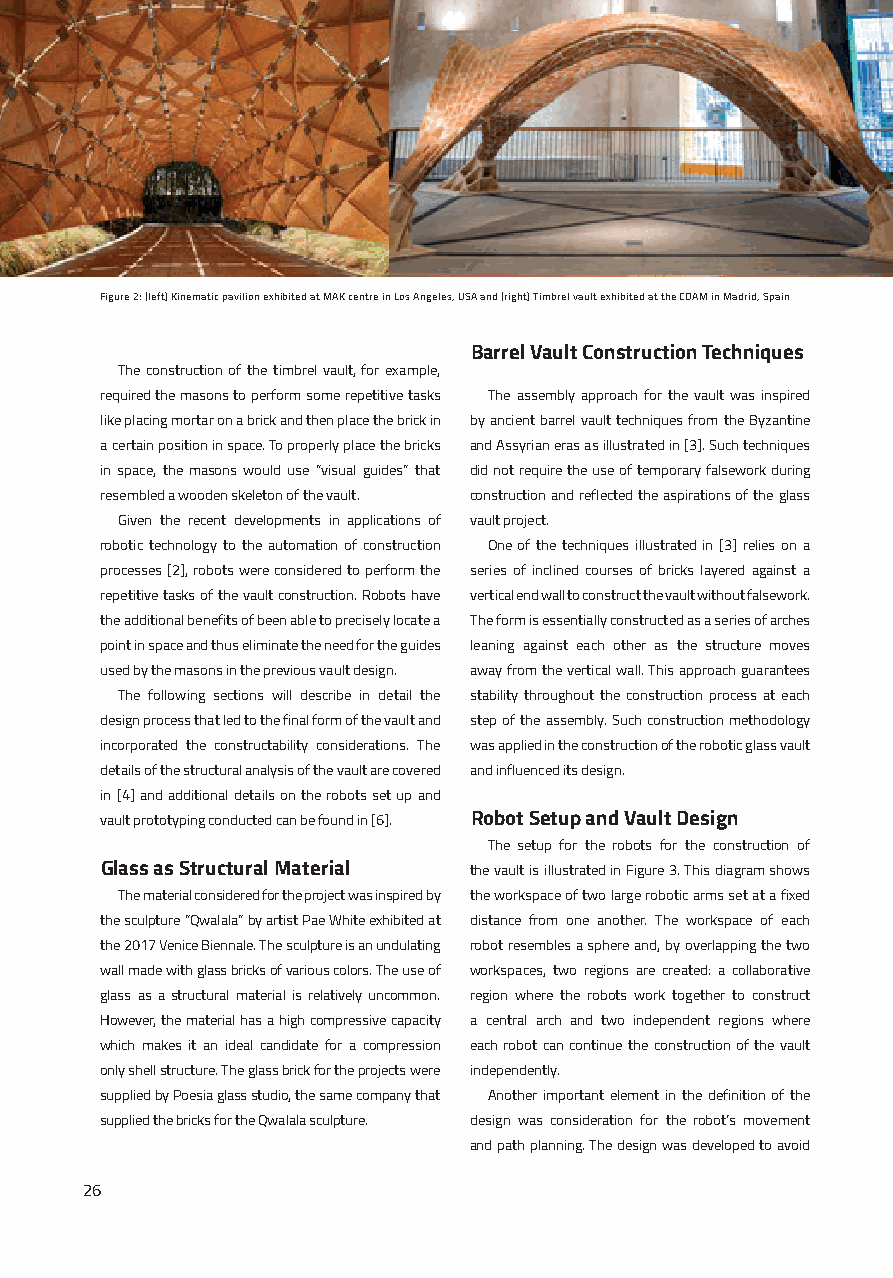
Figure 2: (left) Kinematic pavilion exhibited at MAK centre in Los Angeles, USA and (right) Timbrel vault exhibited at the COAM in Madrid, Spain
 Barrel Vault Construction Techniques
 The construction of the timbrel vault, for example,
 required the masons to perform some repetitive tasks The assembly approach for the vault was inspired
 like placing mortar on a brick and then place the brick in by ancient barrel vault techniques from the Byzantine
 a certain position in space. To properly place the bricks and Assyrian eras as illustrated in [3]. Such techniques
 in space, the masons would use “visual guides” that did not require the use of temporary falsework during
 resembled a wooden skeleton of the vault. construction and reflected the aspirations of the glass
 Given the recent developments in applications of vault project.
 robotic technology to the automation of construction One of the techniques illustrated in [3] relies on a
 processes [2], robots were considered to perform the series of inclined courses of bricks layered against a
 repetitive tasks of the vault construction. Robots have vertical end wall to construct the vault without falsework.
 the additional benefits of been able to precisely locate a The form is essentially constructed as a series of arches
 point in space and thus eliminate the need for the guides leaning against each other as the structure moves
 used by the masons in the previous vault design. away from the vertical wall. This approach guarantees
 The following sections will describe in detail the stability throughout the construction process at each
 design process that led to the final form of the vault and step of the assembly. Such construction methodology
 incorporated the constructability considerations. The was applied in the construction of the robotic glass vault
 details of the structural analysis of the vault are covered and influenced its design.
 in [4] and additional details on the robots set up and
 vault prototyping conducted can be found in [6]. Robot Setup and Vault Design
 The setup for the robots for the construction of
 Glass as Structural Material the vault is illustrated in Figure 3. This diagram shows
 The material considered for the project was inspired by the workspace of two large robotic arms set at a fixed
 the sculpture “Qwalala” by artist Pae White exhibited at distance from one another. The workspace of each
 the 2017 Venice Biennale. The sculpture is an undulating robot resembles a sphere and, by overlapping the two
 wall made with glass bricks of various colors. The use of workspaces, two regions are created: a collaborative
 glass as a structural material is relatively uncommon. region where the robots work together to construct
 However, the material has a high compressive capacity a central arch and two independent regions where
 which makes it an ideal candidate for a compression each robot can continue the construction of the vault
 only shell structure. The glass brick for the projects were independently.
 supplied by Poesia glass studio, the same company that Another important element in the definition of the
 supplied the bricks for the Qwalala sculpture. design was consideration for the robot’s movement
 and path planning. The design was developed to avoid
 26